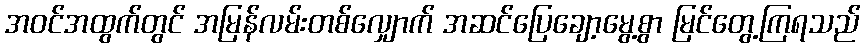
အဝင်အထွက်တွင် အမြန်လမ်းတစ်လျှောက် အဆင်ပြေချော့မွေ့စွာ မြင်တွေ့ကြရသည်